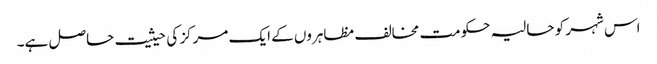
اس شہر کو حالیہ حکومت مخالف مظاہروں کے ایک مرکز کی حیثیت حاصل ہے۔